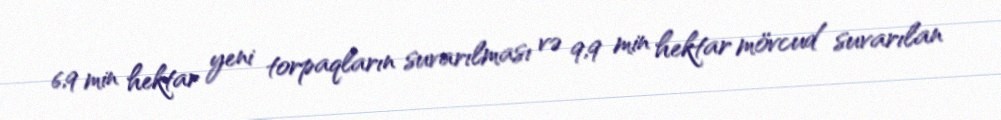
6,9 min hektar yeni torpaqların suvarılması və 9,9 min hektar mövcud suvarılan